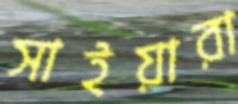
সাইয়ারা